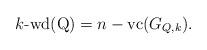
LaTeX: \begin{align*}k\mbox{-wd(Q)} = n- \mbox{vc($G_{Q,k}$)}.\end{align*}